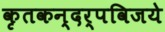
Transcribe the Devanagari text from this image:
कृतकन्दर्पविजये